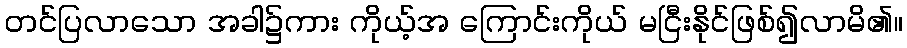
တင်ပြလာသော အခါ၌ကား ကိုယ့်အ ကြောင်းကိုယ် မငြီးနိုင်ဖြစ်၍လာမိ၏။